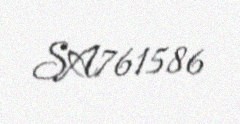
SA761586